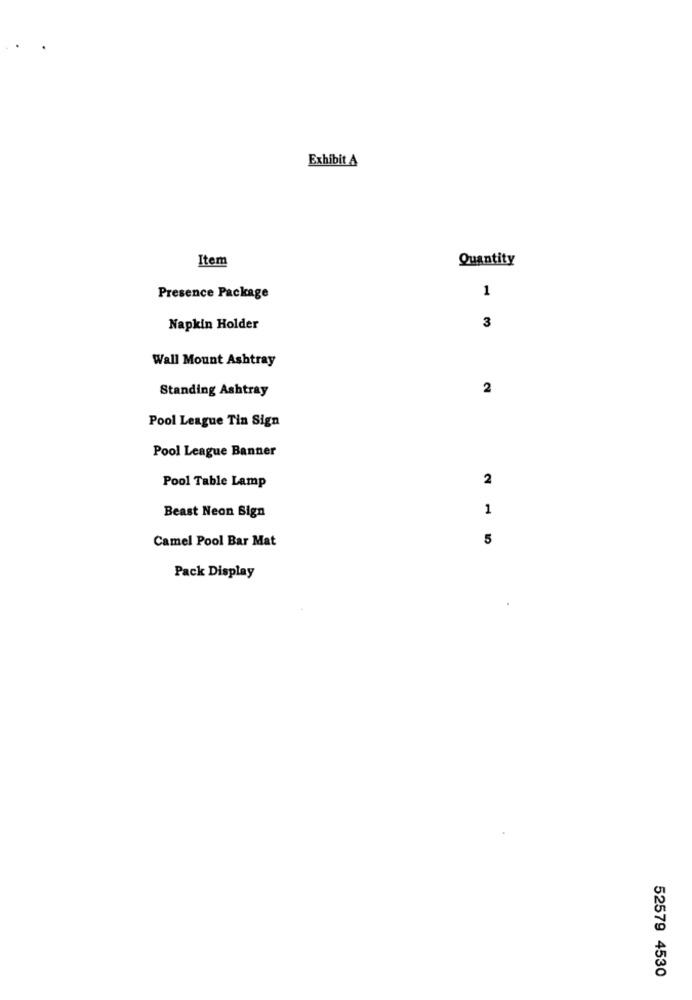
Exhibit A
Item
Quantity
1
Presence Package
Napkin Holder
3
Wall Mount Ashtray
Standing Ashtray
2
Pool League Tin Sign
Pool League Banner
2
Pool Table Lamp
1
Beast Neon Sign
Camel Pool Bar Mat
5
Pack Display
52579 4530